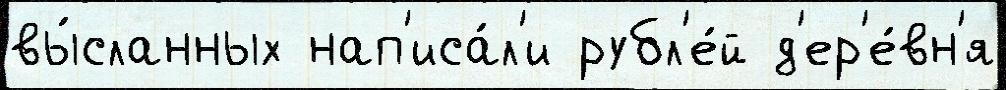
вы́сланных нап'иса́л'и рубл'е́й д'ер'е́вн'я